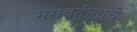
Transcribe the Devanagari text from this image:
भगवद्गीताचे